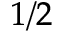
_ { 1 / 2 }